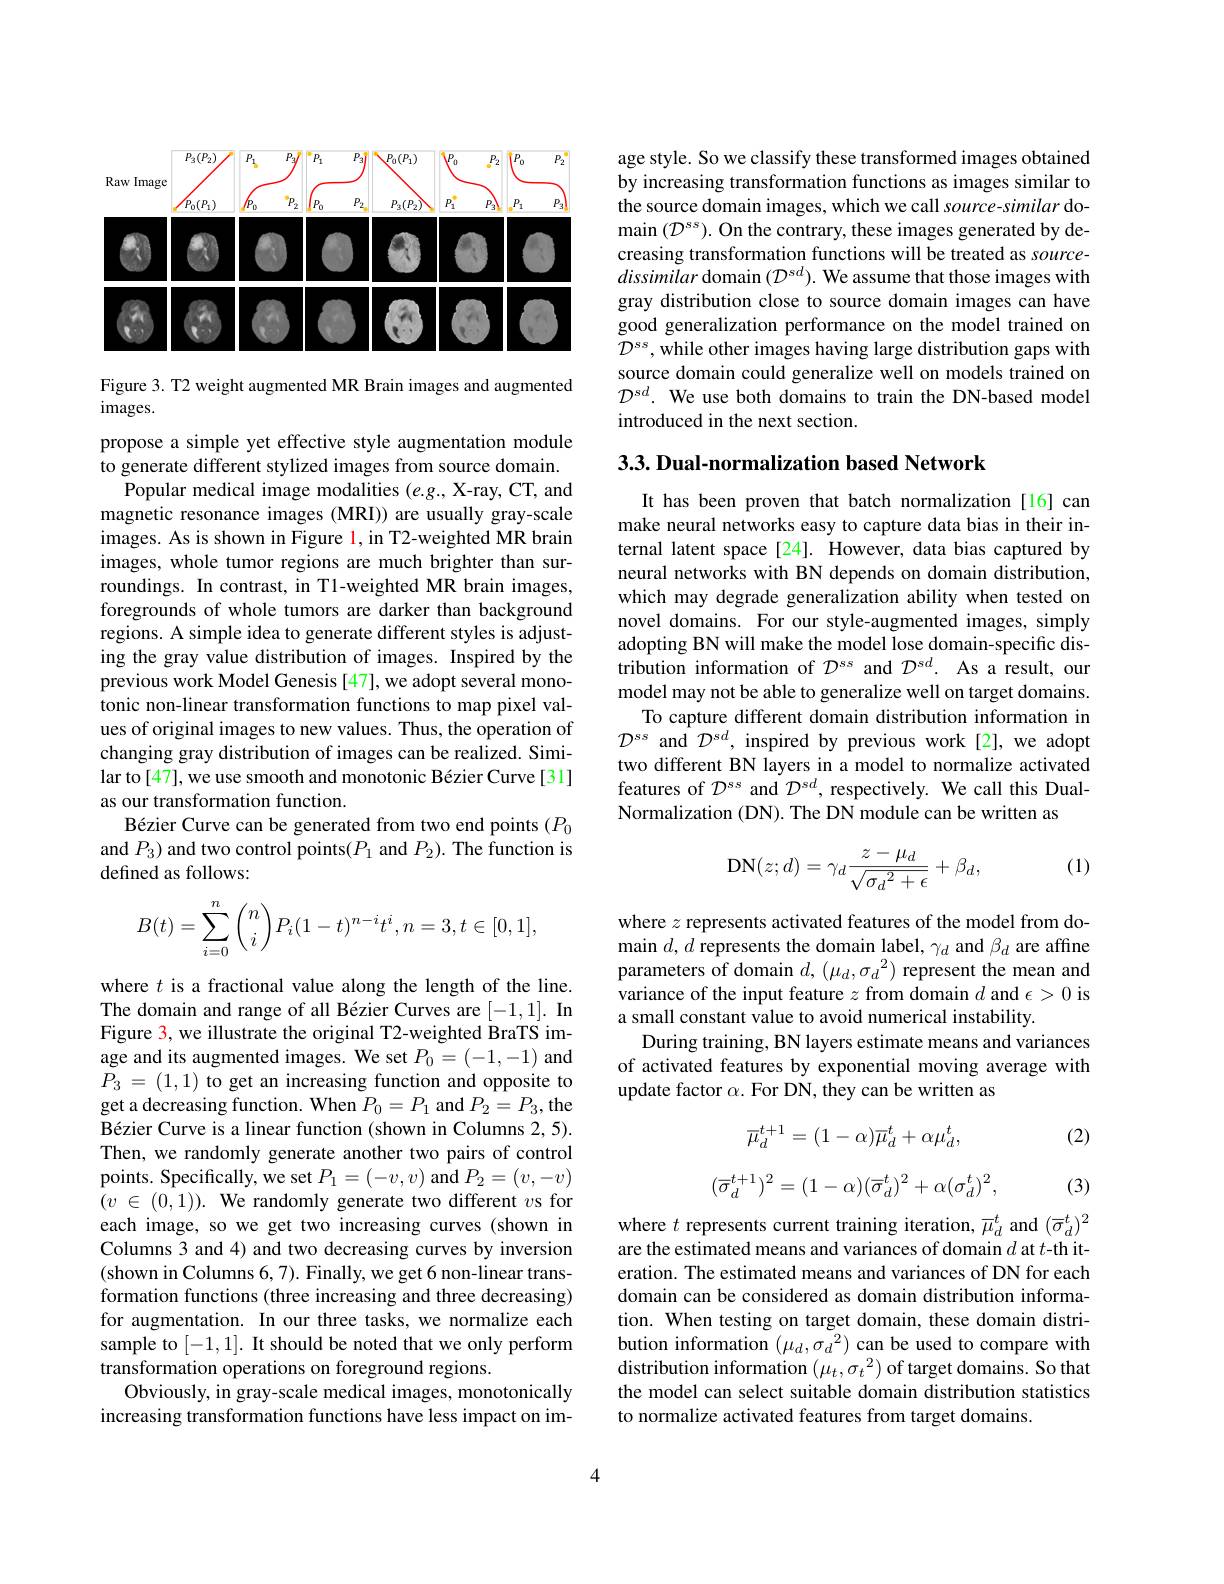
<FigureHere>

Figure 3. T2 weight augmented MR Brain images and augmented
images.

propose a simple yet effective style augmentation module to generate different stylized images from source domain.
Popular medical image modalities $(e.g.$, X-ray, CT, and magnetic resonance images (MRI)) are usually gray-scale images. As is shown in Figure l, in T2-weighted MR brain images, whole tumor regions are much brighter than surroundings. In contrast, in T1-weighted MR brain images, foregrounds of whole tumors are darker than background regions. A simple idea to generate different styles is adjusting the gray value distribution of images. Inspired by the previous work Model Genesis [47], we adopt several monotonic non-linear transformation functions to map pixel values of original images to new values. Thus, the operation of changing gray distribution of images can be realized. Similar to[47], we use smooth and monotonic Bézier Curve[31] as our transformation function.
Bézier Curve can be generated from two end points $(P_0$ and $P_3)$ and two control points($P_1$ and $P_2).$ The function is defined as follows:
$$B(t)=\sum_{i=0}^n\binom{n}{i}P_i(1-t)^{n-i}t^i,n=3,t\in[0,1],$$
where $t$ is a fractional value along the length of the line. The domain and range of all Bézier Curves are [-1,1]. In Figure 3, we illustrate the original T2-weighted BraTS image and its augmented images. We set $P_0=(-1,-1)$ and $P_{3}$ = (1,1) to get an increasing function and opposite to get a decreasing function. When $P_0=P_1$ and $P_2=P_3$,the Bézier Curve is a linear function (shown in Columns 2,5). Then, we randomly generate another two pairs of control points. Specifically, we set $P_1=(-v,v)$ and $P_2=(v,-v)$ $( v$ $\in$ (0,1)). We randomly generate two different $v$s for each image, so we get two increasing curves (shown in Columns 3 and 4) and two decreasing curves by inversion (shown in Columns 6, 7). Finally, we get 6 non-linear transformation functions (three increasing and three decreasing) for augmentation. In our three tasks, we normalize each sample to [-1,1]. It should be noted that we only perform transformation operations on foreground regions.
Obviously, in gray-scale medical images, monotonically increasing transformation functions have less impact on im-

age style. So we classify these transformed images obtained by increasing transformation functions as images similar to the source domain images, which we call source-similar do- $\operatorname*{main}\left(\mathcal{D}^{ss}\right).$ On the contrary, these images generated by decreasing transformation functions will be treated as sourcedissimilar domain $(\mathcal{D}^sd).$ We assume that those images with gray distribution close to source domain images can have good generalization performance on the model trained on ${\mathcal D}^{ss},{\mathrm{~while~other~images~having~large~distribution~gaps~with}}$ source domain could generalize well on models trained on $\mathcal{D}^{sd}.$ We use both domains to train the DN-based model introduced in the next section.

## 3.3. Dual-normalization based Network

It has been proven that batch normalization[16] can make neural networks easy to capture data bias in their internal latent space[24]. However, data bias captured by neural networks with BN depends on domain distribution, which may degrade generalization ability when tested on novel domains. For our style-augmented images, simply adopting BN will make the model lose domain-specific distribution information of $\mathcal{D}^{ss}$ and $\mathcal{D}^{sd}.$ As a result, our model may not be able to generalize well on target domains.
To capture different domain distribution information in $\mathcal{D}^{ss}$ and $\mathcal{D}^sd$, inspired by previous work[2], we adopt two different BN layers in a model to normalize activated features of $\mathcal{D}^{ss}$ and $\mathcal{D}^{sd}$, respectively. We call this DualNormalization (DN). The DN module can be written as

(1)
$$\mathrm{DN}(z;d)=\gamma_{d}\frac{z-\mu_{d}}{\sqrt{{\sigma_{d}}^{2}+\epsilon}}+\beta_{d},$$
where $z$ represents activated features of the model from domain $d,d$ represents the domain label, $\gamma_d$ and $\beta_d$ are affine parameters of domain $d,(\mu_{d},\sigma_{d}^{2})$ represent the mean and variance of the input feature $z$ from domain $d$ and $\epsilon>0$ is a small constant value to avoid numerical instability.
During training, BN layers estimate means and variances of activated features by exponential moving average with update factor $\alpha.$ For DN, they can be written as

(2)
$$\overline\mu_d^{t+1}=(1-\alpha)\overline\mu_d^t+\alpha\mu_d^t,$$
$$(\overline{\sigma}_{d}^{t+1})^{2}=(1-\alpha)(\overline{\sigma}_{d}^{t})^{2}+\alpha(\sigma_{d}^{t})^{2},$$
(3)

where $t$ represents current training iteration, $\overline{\mu}_d^t$ and $(\overline{\sigma}_d^t)^2$ are the estimated means and variances of domain $d$ at $t$-th iteration. The estimated means and variances of DN for each domain can be considered as domain distribution information. When testing on target domain, these domain distribution information $(\mu_d,\sigma_d^2)$ can be used to compare with distribution information $(\mu_t,\sigma_t^2)$ of target domains. So that the model can select suitable domain distribution statistics to normalize activated features from target domains.

4